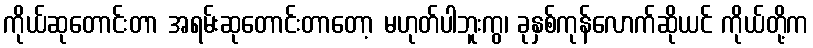
ကိုယ်ဆုတောင်းတာ အရမ်းဆုတောင်းတာတော့ မဟုတ်ပါဘူးကွ၊ ခုနှစ်ကုန်လောက်ဆိုယင် ကိုယ်တို့က